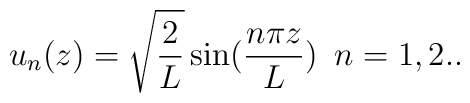
u_{n}(z)=\sqrt{\frac{2}{L}}\sin(\frac{n\pi z}{L})\,\,\, n=1,2..